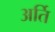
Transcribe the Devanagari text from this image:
अर्ति